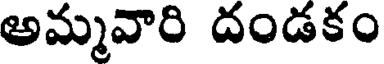
అమ్మవారి దండకం